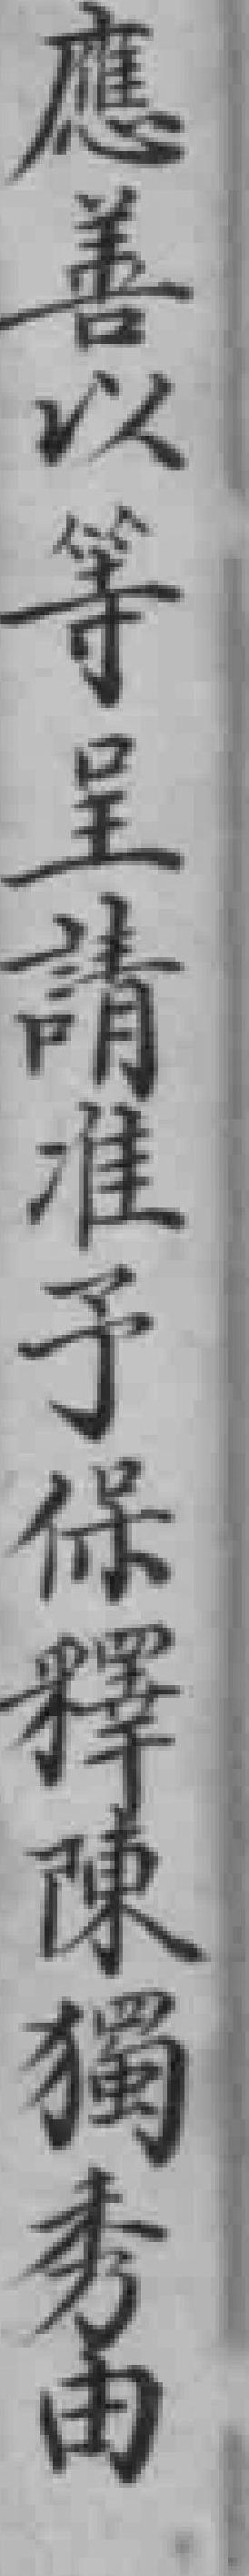
應善以等呈請准予保释陳獨秀由